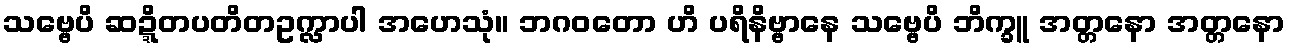
သဗ္ဗေပိ ဆဍ္ဍိတပတိတဥက္လာပါ အဟေသုံ။ ဘဂဝတော ဟိ ပရိနိဗ္ဗာနေ သဗ္ဗေပိ ဘိက္ခူ အတ္တနော အတ္တနော